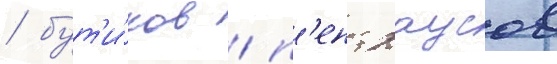
/ бут'и́ков / п'ентхаусов